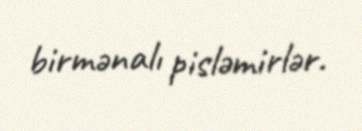
birmənalı pisləmirlər.